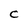
Character: C